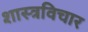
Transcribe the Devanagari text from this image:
शास्त्रविचार